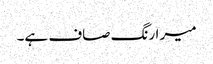
میر ا رنگ صاف ہے۔